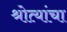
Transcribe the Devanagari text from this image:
श्रोत्यांचा